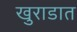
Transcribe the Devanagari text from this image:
खुराडात